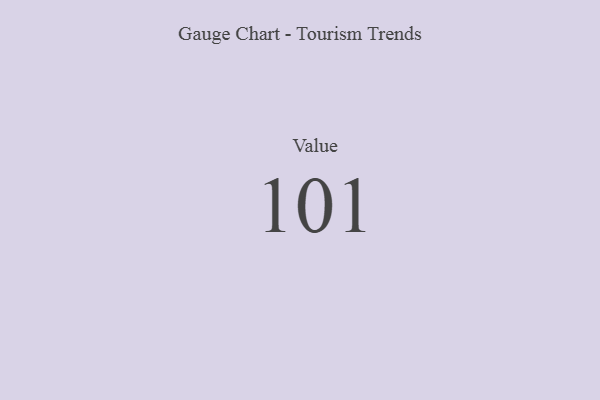
{"axis": {"x": "Metric", "y": "Value"}, "legend": [""], "data": [{"x": "Value", "y": 101, "type": ""}]}